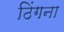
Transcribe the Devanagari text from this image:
ठिंगना